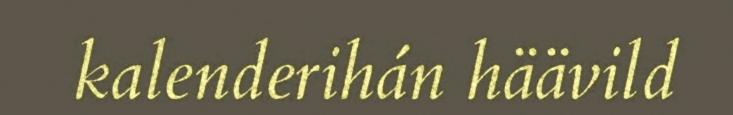
kalenderihán häävild